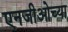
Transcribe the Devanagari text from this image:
एनजीओच्या